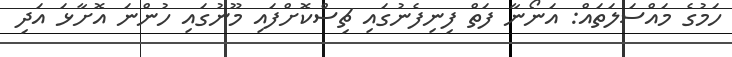
ހަމުގެ މައްސަލަތައް: އަނޯނާ ފަތް ފިނިފެނުގައި ޗިސްކޮށްފައި މޫނުގައި ހުންނަ އޮށާޅަ އަދި